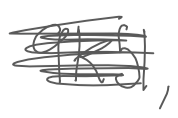
Text: 9K51,
Cross-out: scratch
Writing tool: digital_gray